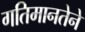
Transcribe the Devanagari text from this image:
गतिमानतेने